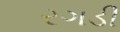
રગડી